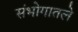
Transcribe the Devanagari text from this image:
संभोगातले